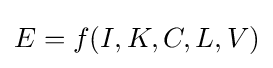
E=f(I,K,C,L,V)